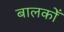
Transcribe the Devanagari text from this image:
बालकोँ